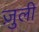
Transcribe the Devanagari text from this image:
ज़ुली